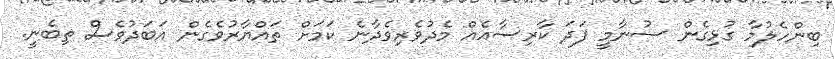
ބިންހެލުމާ ގުޅިގެން ސުނާމީ ފަދަ ކާރިސާއެއް މެދުވެރިވެދާނެ ކަމަށް ތައްޔާރުވެގެން އަބަދުވެސް ތިބެނީ.